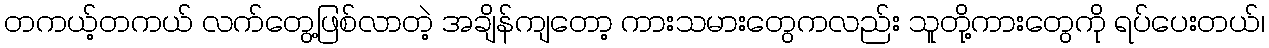
တကယ့်တကယ် လက်တွေ့ဖြစ်လာတဲ့ အချိန်ကျတော့ ကားသမားတွေကလည်း သူတို့ကားတွေကို ရပ်ပေးတယ်၊